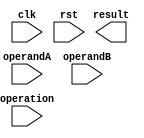
module QuadruplePrecisionFloatingPointUnit (
    input wire clk,
    input wire rst,
    input wire [127:0] operandA,
    input wire [127:0] operandB,
    input wire [2:0] operation,
    output reg [127:0] result
);

// Define internal registers
reg [127:0] mantissaA;
reg [127:0] mantissaB;
reg [15:0] exponentA;
reg [15:0] exponentB;
reg [127:0] mantissaResult;
reg [15:0] exponentResult;

// Extract mantissa and exponent from operands
always @* begin
    mantissaA = operandA[126:0];
    mantissaB = operandB[126:0];
    exponentA = operandA[127:112];
    exponentB = operandB[127:112];
end

// Perform arithmetic operation based on control signal
always @* begin
    case(operation)
        3'b000: begin // addition
            // Perform addition operation
            // Code for addition operation goes here
        end
        3'b001: begin // subtraction
            // Perform subtraction operation
            // Code for subtraction operation goes here
        end
        3'b010: begin // multiplication
            // Perform multiplication operation
            // Code for multiplication operation goes here
        end
        3'b011: begin // division
            // Perform division operation
            // Code for division operation goes here
        end
        default: begin // other operations
            // Perform other arithmetic operations
            // Code for other operations goes here
        end
    endcase
end

// Output the final result
always @* begin
    result = {exponentResult, mantissaResult};
end

endmodule